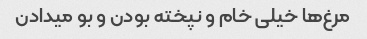
مرغ‌ها خیلی خام و نپخته بودن و بو میدادن